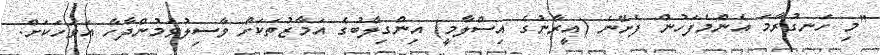
"މި ހަނގުރާމަ އެންމެފަހުން ފެށޭނެ (އީރާނުގެ އިސްލާމީ) އިންގިލާބުގެ އަމާޒުތަކަށް ވާސިލުވަމުންދާހާ އަވަހަކަށް.